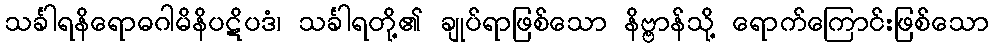
သင်္ခါရနိရောဓဂါမိနိပဋိပဒံ၊ သင်္ခါရတို့၏ ချုပ်ရာဖြစ်သော နိဗ္ဗာန်သို့ ရောက်ကြောင်းဖြစ်သော